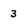
Character: 3